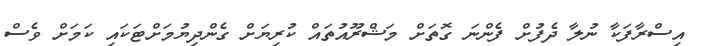
އިސްރާފަކާ ނުލާ ދެފުށް ފެންނަ ގޮތަށް މަޝްރޫއުތައް ކުރިޔަށް ގެންދިޔުމަަށްޓަކައި ކަމަށް ވެެސް